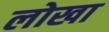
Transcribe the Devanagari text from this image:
लोखा